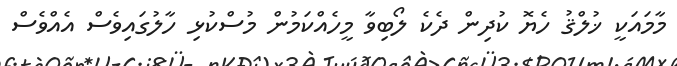
މާމައަކީ ޚުލްޤު ހެޔޮ ކުދިން ދެކެ ލޯބިވާ މީހެއްކަމުން މުސްކުޅި ހާލުގައިވެސް އެއްވެސް